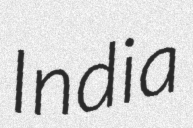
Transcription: India